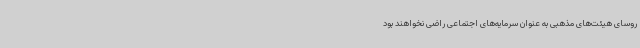
روسای هیئت‌های مذهبی به عنوان سرمایه‌های اجتماعی راضی نخواهند بود